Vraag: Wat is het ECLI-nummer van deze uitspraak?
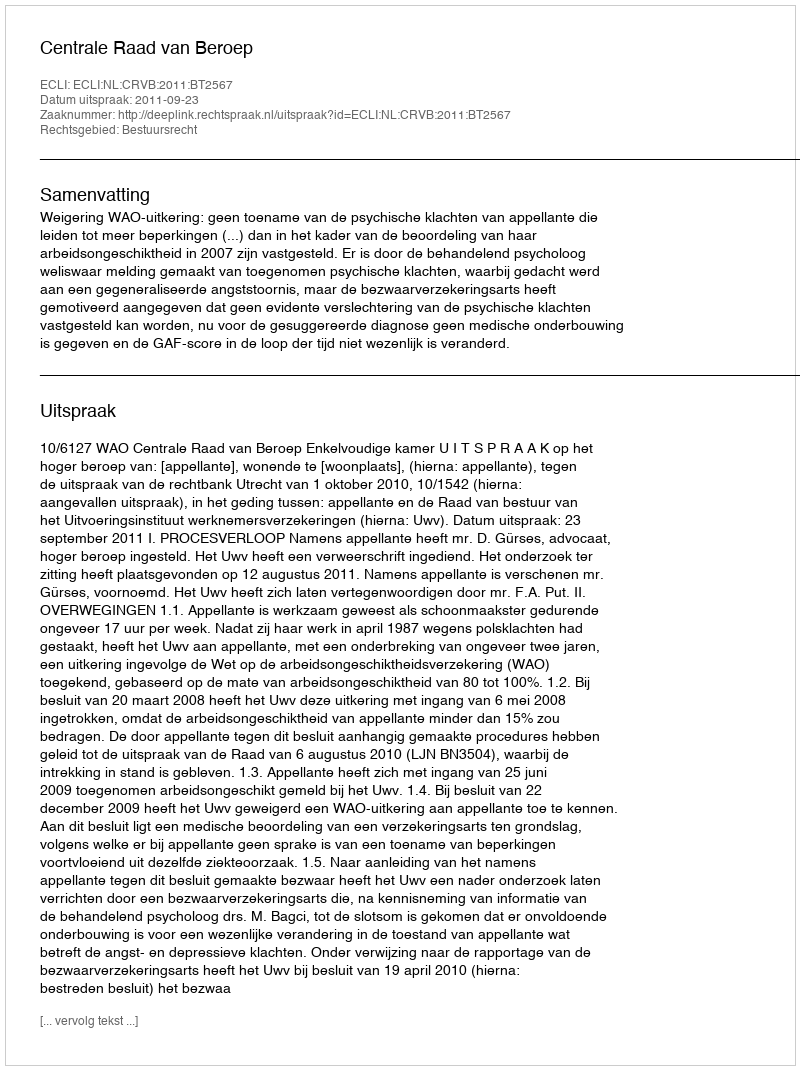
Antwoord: ECLI:NL:CRVB:2011:BT2567